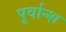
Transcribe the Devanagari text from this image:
पूर्वान्श